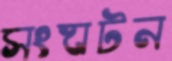
সংঘটন